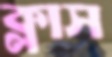
ক্লাস